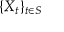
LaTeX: \{ X _ { t } \} _ { t \in S }